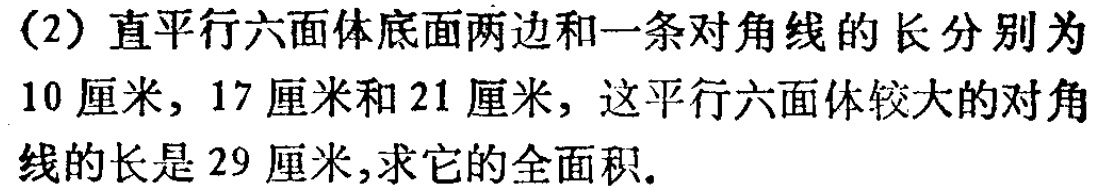
(2) 直平行六面体底面两边和一条对角线的长分别为
10 厘米，17 厘米和 21 厘米，这平行六面体较大的对角
线的长是 29 厘米，求它的全面积.